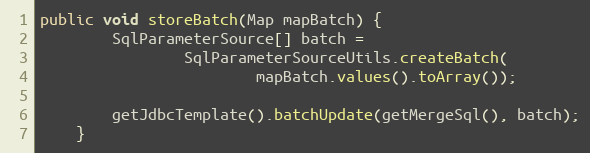
Language: Java
public void storeBatch(Map mapBatch) {
        SqlParameterSource[] batch =
                SqlParameterSourceUtils.createBatch(
                        mapBatch.values().toArray());

        getJdbcTemplate().batchUpdate(getMergeSql(), batch);
    }